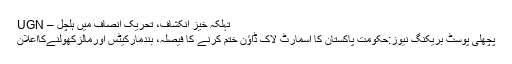
تہلکہ خیز انکشاف، تحریک انصاف میں ہلچل – UGN
پچھلی پوسٹ بریکنگ نیوز:حکومت پاکستان کا اسمارٹ لاک ڈاؤن ختم کرنے کا فیصلہ، بندمارکیٹس اورمالزکھولنےکااعلان